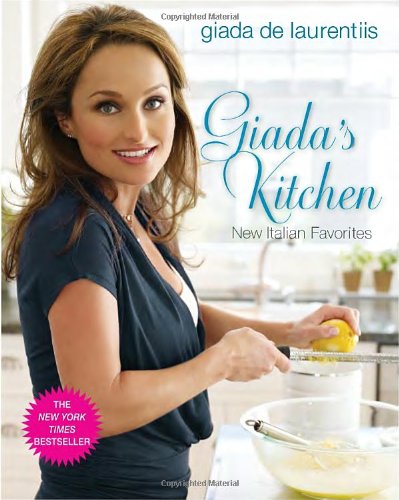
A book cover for Giada's Kitchen: New Italian Favorites; Giada De Laurentiis; Cookbooks, Food & Wine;